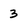
Character: 3